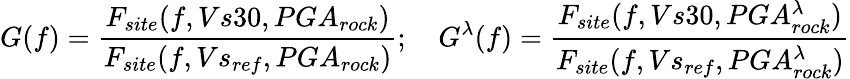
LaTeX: G(f)=\frac{F_{site}(f,Vs30,PGA_{rock})}{F_{site}(f,Vs_{ref},PGA_{rock})};~~~~G^{\lambda}(f)=\frac{F_{site}(f,Vs30,PGA_{rock}^{\lambda})}{F_{site}(f,Vs_{ref},PGA_{rock}^{\lambda})}